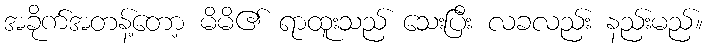
အခိုက်အတန့်တော့ မိမိ၏ ရာထူးသည် သေးပြီး လခလည်း နည်းမည်။